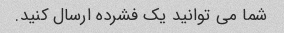
شما می توانید یک فشرده ارسال کنید.